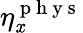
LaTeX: \eta_{\mathit{x}}^{\mathrm{{~p~h~y~s~}}}